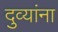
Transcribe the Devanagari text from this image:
दुव्यांना